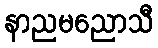
နာညမညောသီ